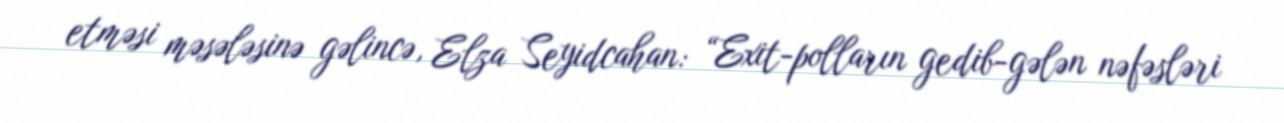
etməsi məsələsinə gəlincə, Elza Seyidcahan: “Exit-polların gedib-gələn nəfəsləri